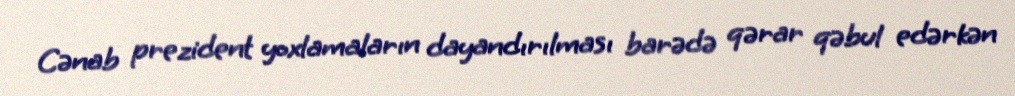
Cənab prezident yoxlamaların dayandırılması barədə qərar qəbul edərkən